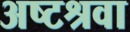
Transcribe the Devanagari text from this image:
अष्टश्रवा